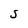
Character: S